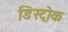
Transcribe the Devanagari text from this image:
डिस्ट्रोक